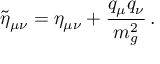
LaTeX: \tilde { \eta } _ { \mu \nu } = \eta _ { \mu \nu } + \frac { q _ { \mu } q _ { \nu } } { m _ { g } ^ { 2 } } \, .